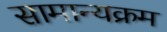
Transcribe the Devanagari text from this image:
सामान्यक्रम